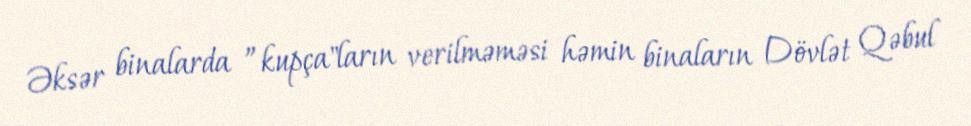
Əksər binalarda ”kupça"ların verilməməsi həmin binaların Dövlət Qəbul